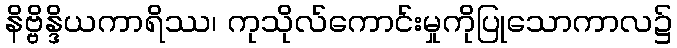
နိဗ္ဗိန္ဒိယကာရိဿ၊ ကုသိုလ်ကောင်းမှုကိုပြုသောကာလ၌